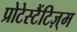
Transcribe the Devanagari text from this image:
प्रोटेस्टैंटिज़्म